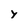
Character: y